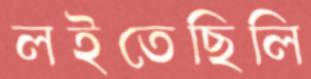
লইতেছিলি